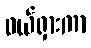
ဖယ်ရှားကာ